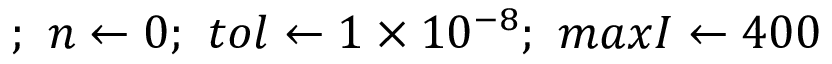
; \ n \gets 0 ; \ t o l \gets 1 \times 1 0 ^ { - 8 } ; \ m a x I \gets 4 0 0